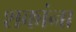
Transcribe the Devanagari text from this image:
शकांना